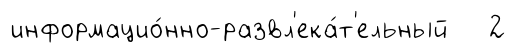
информацио́нно-развл'ека́т'ельный 2